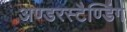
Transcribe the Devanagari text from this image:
अण्डरस्टैण्डिंग